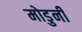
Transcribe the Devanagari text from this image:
मोडुनी